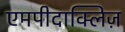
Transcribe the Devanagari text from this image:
एमपीदाक्लिज़